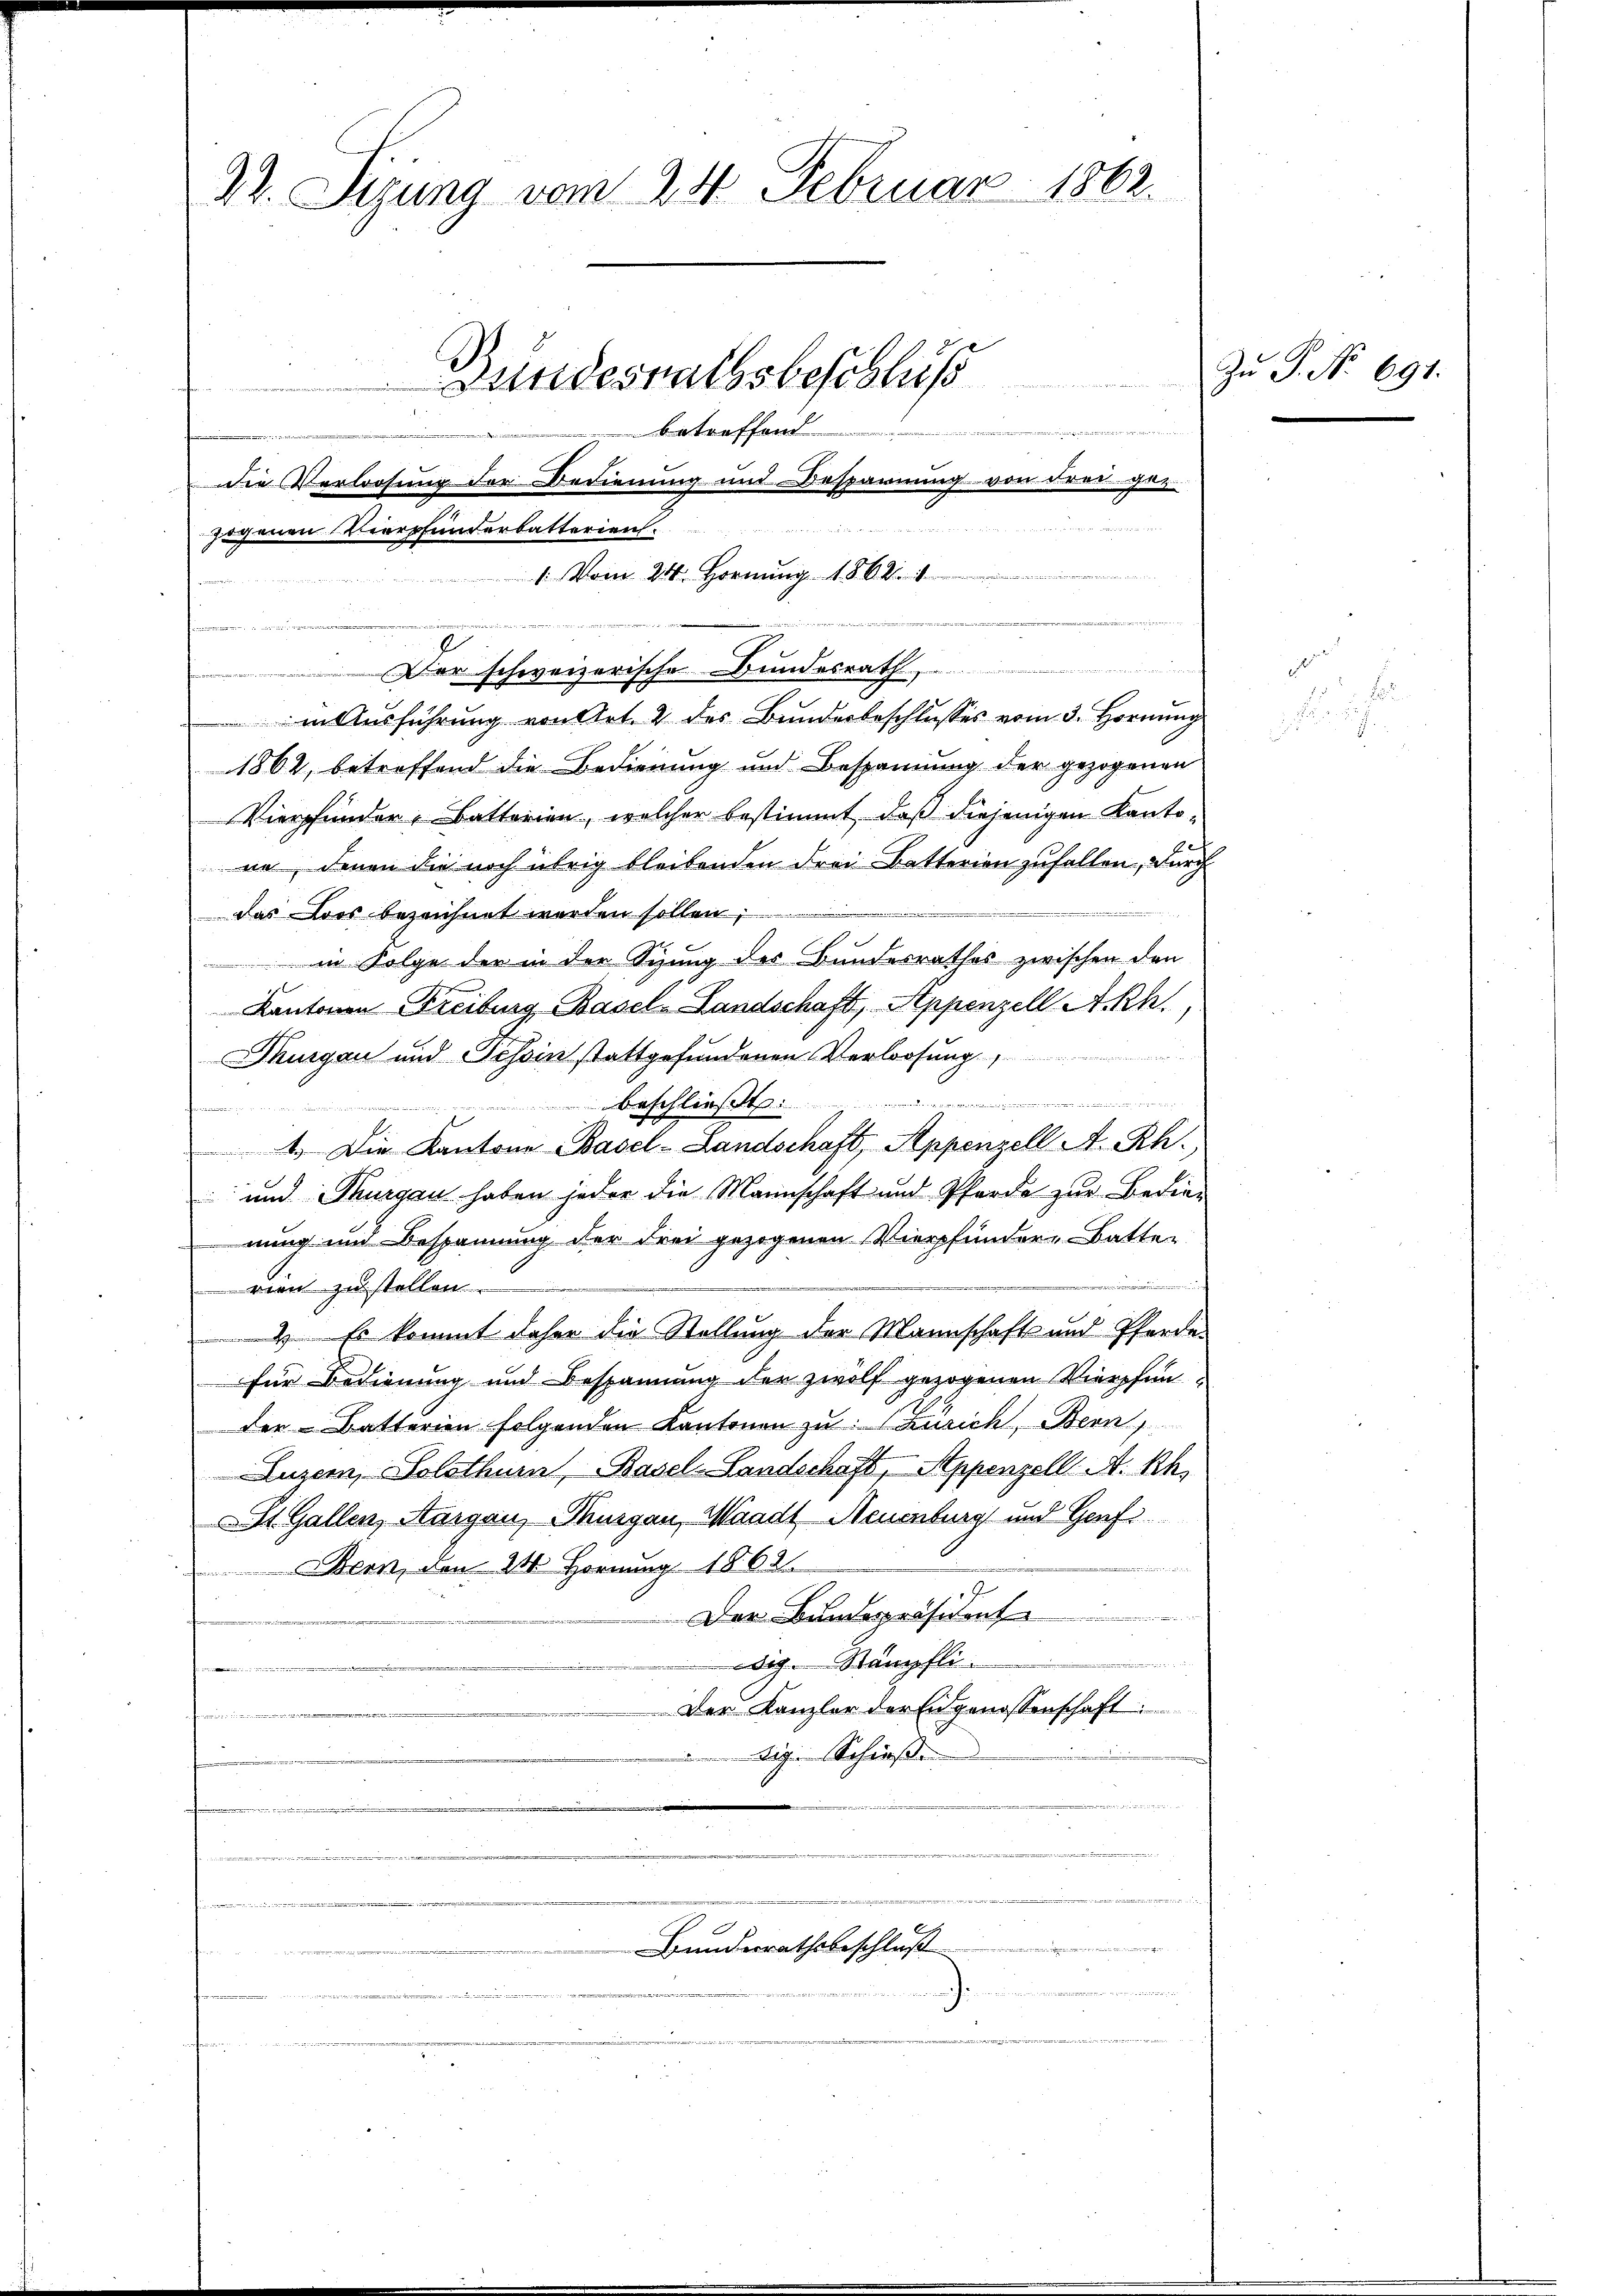
22. Sizung vom 24. Februar 1862.
Bundesrathsbeschluß
 betreffend
n
e
die Verloosung der Bedienung und Besparnung von drei ge-

Der schweizerische Bundesrath
in Ausführung von Art. 2 des Bunderbeschlusses vom 3. Hornung
1862, betreffend die Bedienung und Bespannung der gezogenen
Vierfunder, Batterien, welcher bestimmt, daß diejenigen Kantone, denen die noch übrig bleibenden Frei-Batterien zufallen, durch
i
das Dies bezeichnet werden sollen;
in Folge der in der Sizung des Bundesrathes zwischen den
Kantonen Freiburg Basel Landschaft, Appenzell A.Rh.

Thurgau und Tessin stattgefundenen Verlosung,
t
¬
1. Die Kantone Basel-Landschaft, Appenzell A. Rh.,
 und Thurgau haben jeder die Mannschaft und Pferde zur Bedienung und Bespannung der drei gezogenen Vierpfundere Battein
rien zu stellen.
4 Es kommt daher die Stellung der Mannschaft und Pferde
für Bedienung und Bespannung der zwölf gezogenen Vierfinder Batterien folgenden Kantonen zu: Zürich, Bern,
Luzern, Solothur, Basel-Landschaft, Appenzell A. Rh.
Ah. Gallen, Aargau, Thurgau, Waadt, Neuenburg und Genf

Bern, von 24 Hornung 1862
Der Bundespräsident
dig. Stämpfli
r
e
Der Kanzler der Engenossenschaft

igen Schließen
f
e

e
e

gogenen Vierpfunderbatterient.
1. Vom 24. Hornung 1862. 1

.

C
Bundesrathsbeschluß

Zu P. Nr. 691.